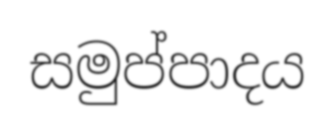
සමුප්පාදය